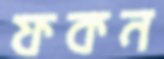
ফকন